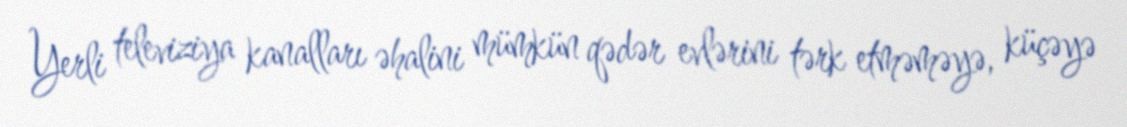
Yerli televiziya kanalları əhalini mümkün qədər evlərini tərk etməməyə, küçəyə